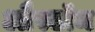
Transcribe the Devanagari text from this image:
औरटॉम